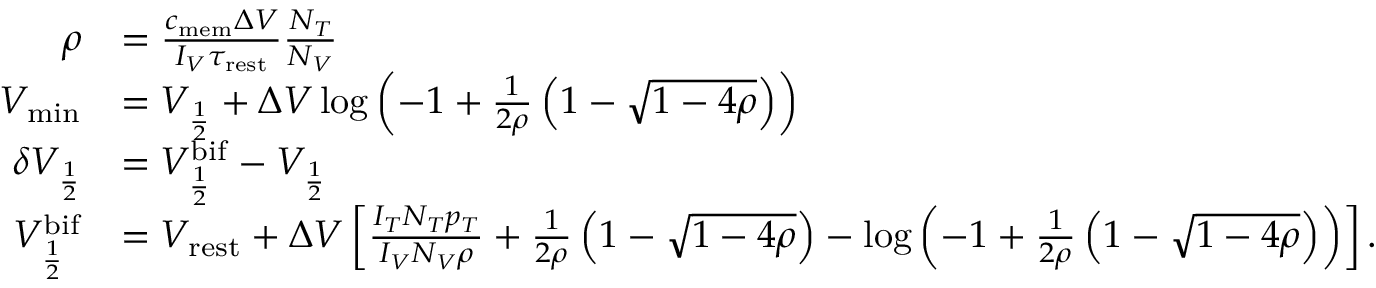
\begin{array} { r l } { \rho } & { = \frac { c _ { \mathrm { m e m } } \Delta V } { I _ { V } \tau _ { \mathrm { r e s t } } } \frac { N _ { T } } { N _ { V } } } \\ { V _ { \mathrm { m i n } } } & { = V _ { \frac { 1 } { 2 } } + \Delta V \log \left( - 1 + \frac { 1 } { 2 \rho } \left( 1 - \sqrt { 1 - 4 \rho } \right) \right) } \\ { \delta V _ { \frac { 1 } { 2 } } } & { = V _ { \frac { 1 } { 2 } } ^ { \mathrm { b i f } } - V _ { \frac { 1 } { 2 } } } \\ { V _ { \frac { 1 } { 2 } } ^ { \mathrm { b i f } } } & { = V _ { \mathrm { r e s t } } + \Delta V \left[ \frac { I _ { T } N _ { T } p _ { T } } { I _ { V } N _ { V } \rho } + \frac { 1 } { 2 \rho } \left( 1 - \sqrt { 1 - 4 \rho } \right) - \log \left( - 1 + \frac { 1 } { 2 \rho } \left( 1 - \sqrt { 1 - 4 \rho } \right) \right) \right] . } \end{array}